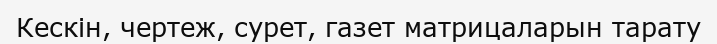
Кескін, чертеж, сурет, газет матрицаларын тарату